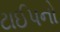
ટાઈપનો